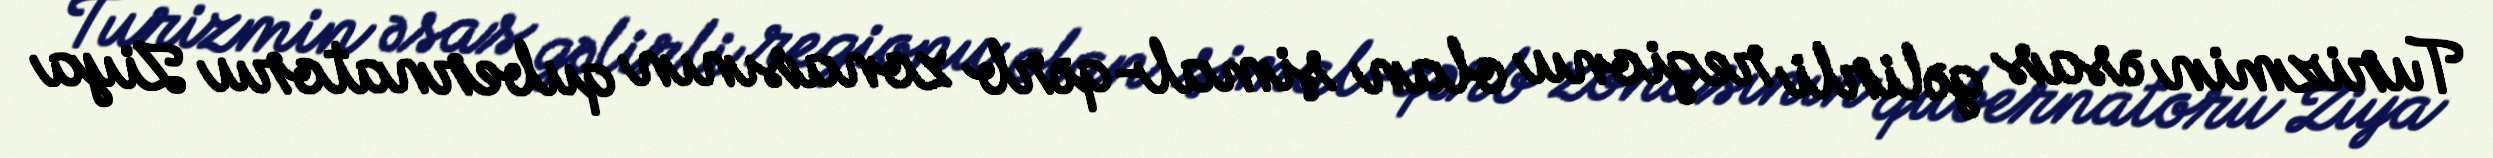
Turizmin əsas gəlirli regionu olan şimal-qərb zonasının qubernatoru Ziya